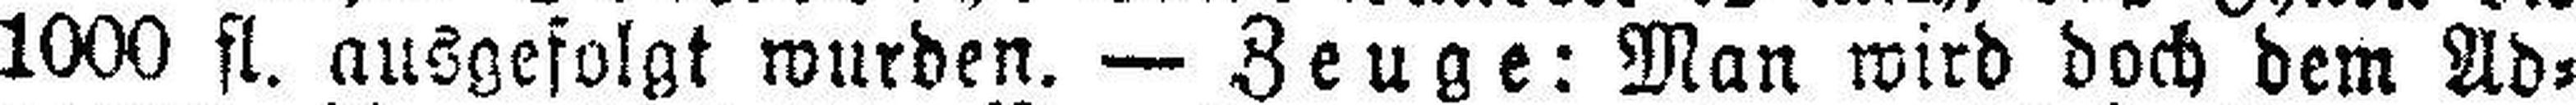
1000 fl. ausgefolgt wurden. — Zeuge: Man wird doch dem Ad¬